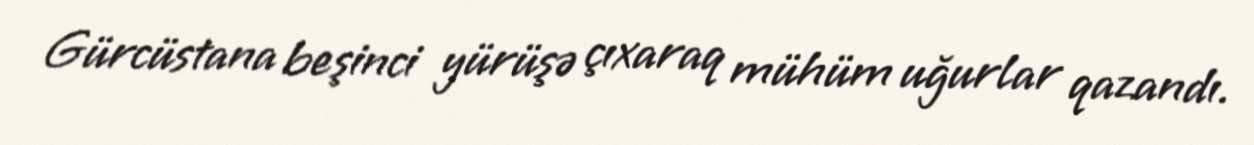
Gürcüstana beşinci yürüşə çıxaraq mühüm uğurlar qazandı.